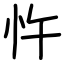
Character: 忤